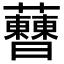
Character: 𧅝